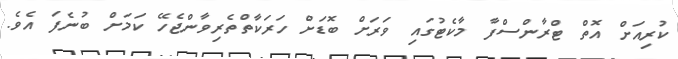
ކުރިއަށް އޮތް ޓްރާންސްފާ މާކެޓުގައި ވަރަށް ބޮޑަށް ހަރަކާތްތެރިވާންޖެހޭ ކަމަށް ބުނެފަ އެވެ.